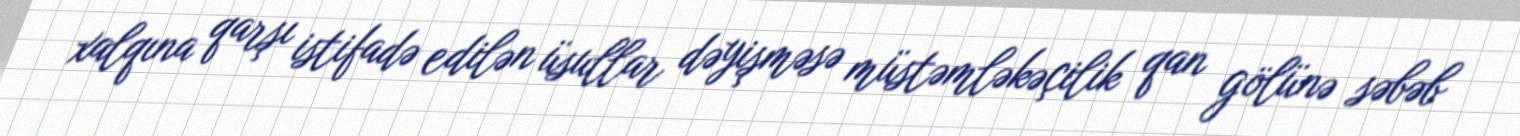
xalqına qarşı istifadə edilən üsullar dəyişməsə müstəmləkəçilik qan gölünə səbəb